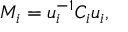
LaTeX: M _ { i } = u _ { i } ^ { - 1 } C _ { i } u _ { i } ,